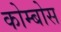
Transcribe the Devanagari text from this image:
कोम्बोस